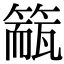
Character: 𥲁